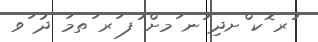
ުރ ޮކ ްށދި ުނ ަމށް ުފ ަރ ަތމަ ދު ަވ